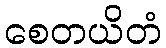
စေတယိတံ